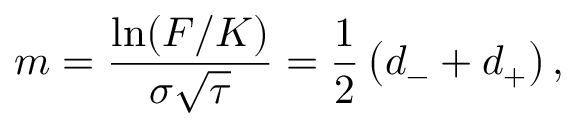
m = { \frac { \ln ( F / K ) } { \sigma { \sqrt { \tau } } } } = { \frac { 1 } { 2 } } \left( d _ { - } + d _ { + } \right) ,